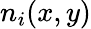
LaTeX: n_{i}(x,y)